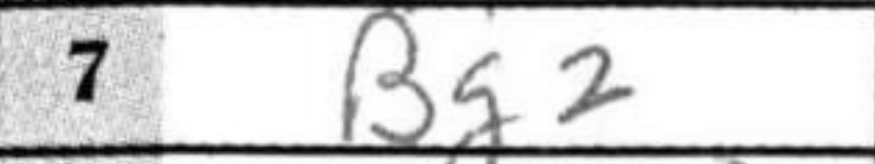
Transcription: Bg2